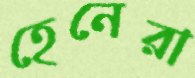
হেনেরা